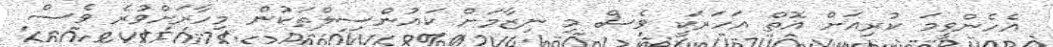
އެހެންވީމަ ކުރިއަށް އޮތް އަހަރަކީ ވެސް މި ނިޒާމަށް ކައުންސިލްތަކުން މިހާރަށްވުރެ ވެސް